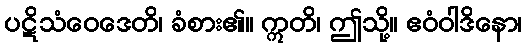
ပဋိသံဝေဒေတိ၊ ခံစား၏။ ဣတိ၊ ဤသို့။ ဧဝံဝါဒိနော၊